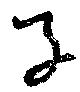
子